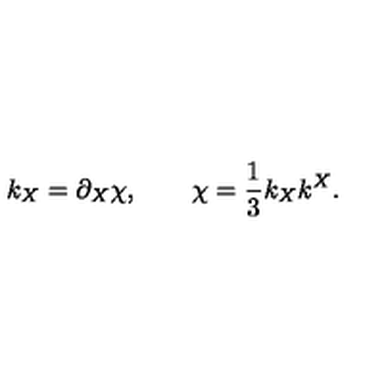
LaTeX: k _ { X } = \partial _ { X } \chi , \qquad \chi = \frac 1 3 k _ { X } k ^ { X } .